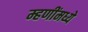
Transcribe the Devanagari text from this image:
म्हणींमध्ये